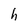
Character: h